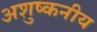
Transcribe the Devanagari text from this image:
अशुष्कनीय